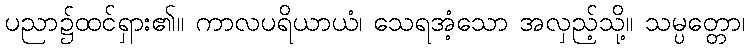
ပညာ၌ထင်ရှား၏။ ကာလပရိယာယံ၊ သေရအံ့သော အလှည့်သို့။ သမ္ပတ္တော၊